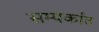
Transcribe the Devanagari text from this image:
सम्पर्कात